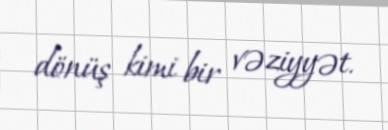
dönüş kimi bir vəziyyət.